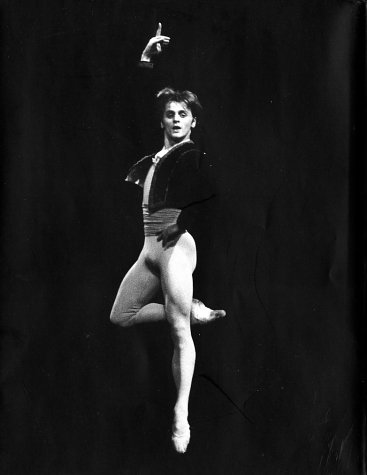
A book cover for Baryshnikov: In Black and White; Mikhail Baryshnikov; Biographies & Memoirs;